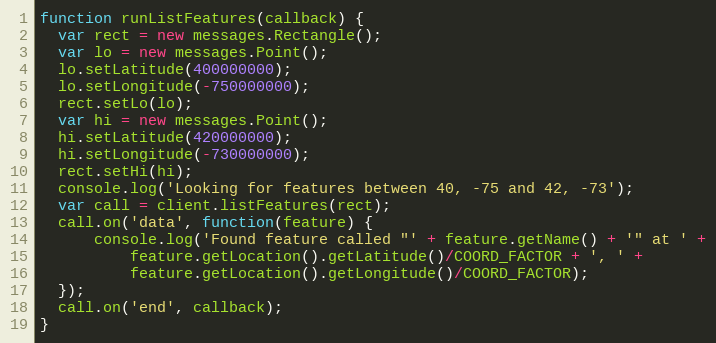
Language: JavaScript
function runListFeatures(callback) {
  var rect = new messages.Rectangle();
  var lo = new messages.Point();
  lo.setLatitude(400000000);
  lo.setLongitude(-750000000);
  rect.setLo(lo);
  var hi = new messages.Point();
  hi.setLatitude(420000000);
  hi.setLongitude(-730000000);
  rect.setHi(hi);
  console.log('Looking for features between 40, -75 and 42, -73');
  var call = client.listFeatures(rect);
  call.on('data', function(feature) {
      console.log('Found feature called "' + feature.getName() + '" at ' +
          feature.getLocation().getLatitude()/COORD_FACTOR + ', ' +
          feature.getLocation().getLongitude()/COORD_FACTOR);
  });
  call.on('end', callback);
}